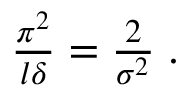
\begin{array} { r } { \frac { \pi ^ { 2 } } { l \delta } = \frac { 2 } { \sigma ^ { 2 } } \; . } \end{array}